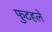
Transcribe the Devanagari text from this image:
फुटहले